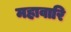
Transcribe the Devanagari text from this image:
महावारि